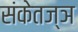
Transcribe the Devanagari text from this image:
संकेतज्ञ